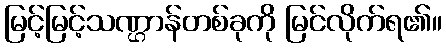
မြင့်မြင့်သဏ္ဌာန်တစ်ခုကို မြင်လိုက်ရ၏။